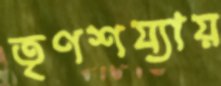
তৃণশয্যায়